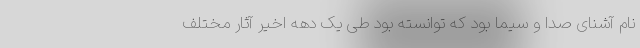
نام آشنای صدا و سیما بود که توانسته بود طی یک دهه اخیر آثار مختلف